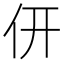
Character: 𠆻